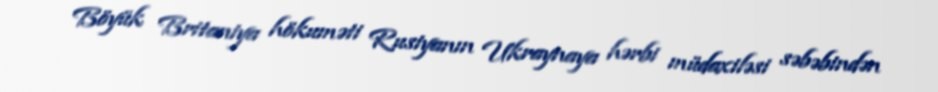
Böyük Britaniya hökuməti Rusiyanın Ukraynaya hərbi müdaxiləsi səbəbindən